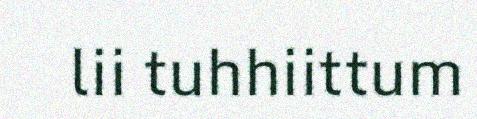
lii tuhhiittum